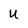
Character: U